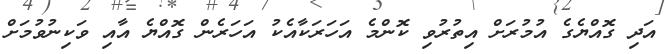
އަދި ގޮއްޔެގެ އުމުރަށް އިތުރުވި ކޮންމެ އަހަރަކާއެކު އަހަރެން ގޮއްޔެ އާއި ވަކިނުވުމަށް